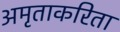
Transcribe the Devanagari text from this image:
अमृताकरिता